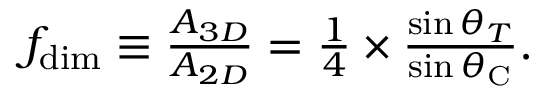
\begin{array} { r } { f _ { \mathrm { d i m } } \equiv \frac { A _ { 3 D } } { A _ { 2 D } } = \frac { 1 } { 4 } \times \frac { \sin \theta _ { T } } { \sin \theta _ { \mathrm { C } } } . } \end{array}